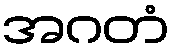
အဂတံ